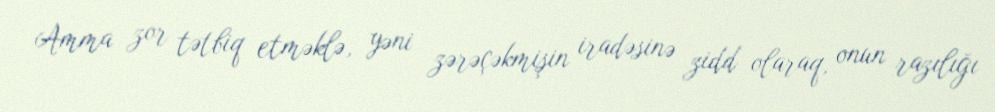
Amma zor tətbiq etməklə, yəni zərəçəkmişin iradəsinə zidd olaraq, onun razılığı